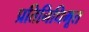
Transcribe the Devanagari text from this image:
प्रतिनिधिभूत